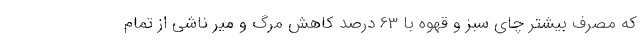
که مصرف بیشتر چای سبز و قهوه با 63 درصد کاهش مرگ و میر ناشی از تمام